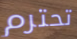
تحترم